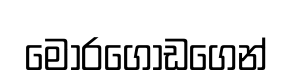
මොරගොඩගෙන්